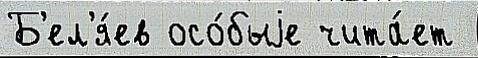
Б'ел'я́ев осо́быjе чита́ет